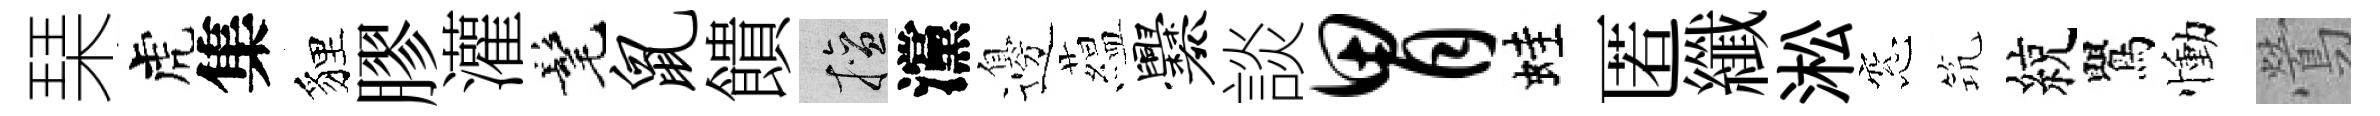
琹虎集貍膠灌髦鼠饋擅灙邊藴爨談胃蛙匿纖淞窓𥬑綂鸎慟鶯